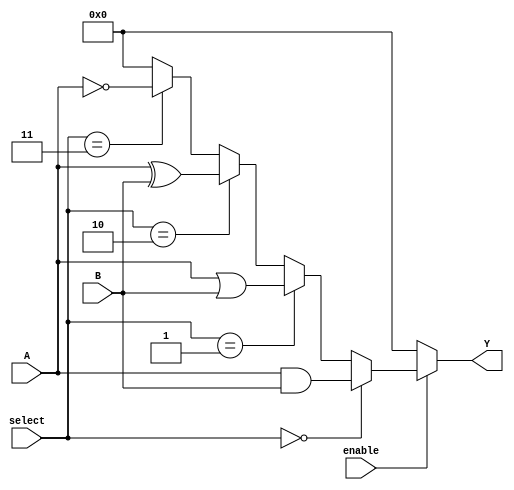
module CLB(
    input wire [3:0] A,            // 4-bit input signals
    input wire [3:0] B,            // Another set of 4-bit input signals
    input wire [1:0] select,       // Select signal for choosing logic function
    input wire enable,              // Enable signal
    output wire [3:0] Y            // 4-bit output signals
);

// Internal product terms
wire [3:0] and_term;
wire [3:0] or_term;
wire [3:0] xor_term;
wire [3:0] not_term;

// Basic logic operations
assign and_term = A & B;         // AND operation
assign or_term  = A | B;         // OR operation
assign xor_term = A ^ B;         // XOR operation
assign not_term = ~A;            // NOT operation on A

// Output logic based on the select signal
assign Y = (enable) ? (
                (select == 2'b00) ? and_term :
                (select == 2'b01) ? or_term :
                (select == 2'b10) ? xor_term :
                (select == 2'b11) ? not_term :
                4'b0000 // Default case
            ) : 4'b0000; // Output zero when not enabled

endmodule